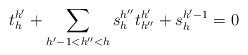
LaTeX: \begin{align*}t^{h'}_{h}+\sum_{h'-1<h''<h}s^{h''}_{h}t^{h'}_{h''}+s^{h'-1}_{h}=0\end{align*}